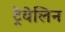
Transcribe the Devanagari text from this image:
ट्रेवेलिन